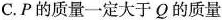
C.P的质量一定大于Q的质量